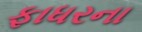
ફાધરના